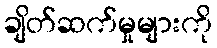
ချိတ်ဆက်မှုများကို